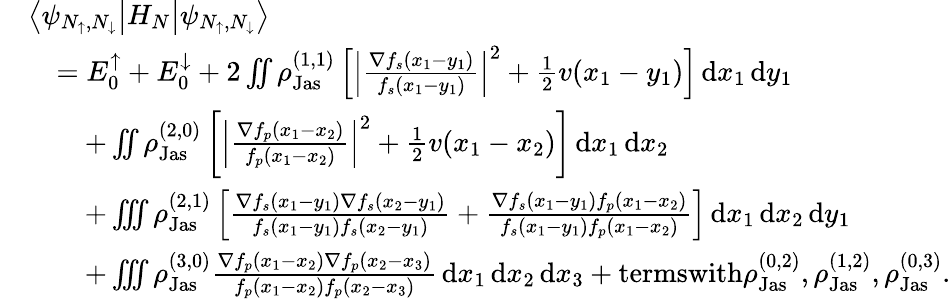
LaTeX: \begin{array}{rl}&{\left\langle\psi_{N_{\uparrow},N_{\downarrow}}\middle\vert H_{N}\middle\vert\psi_{N_{\uparrow},N_{\downarrow}}\right\rangle}\\ &{\quad=E_{0}^{\uparrow}+E_{0}^{\downarrow}+2\iint\rho_{\textnormal{Jas}}^{(1,1)}\left[\left\vert\frac{\nabla f_{s}(x_{1}-y_{1})}{f_{s}(x_{1}-y_{1})}\right\vert^{2}+\frac{1}{2}v(x_{1}-y_{1})\right]\, \textnormal{d}x_{1}\, \textnormal{d}y_{1}}\\ &{\qquad+\iint\rho_{\textnormal{Jas}}^{(2,0)}\left[\left\vert\frac{\nabla f_{p}(x_{1}-x_{2})}{f_{p}(x_{1}-x_{2})}\right\vert^{2}+\frac{1}{2}v(x_{1}-x_{2})\right]\, \textnormal{d}x_{1}\, \textnormal{d}x_{2}}\\ &{\qquad+\iiint\rho_{\textnormal{Jas}}^{(2,1)}\left[\frac{\nabla f_{s}(x_{1}-y_{1})\nabla f_{s}(x_{2}-y_{1})}{f_{s}(x_{1}-y_{1})f_{s}(x_{2}-y_{1})}+\frac{\nabla f_{s}(x_{1}-y_{1})f_{p}(x_{1}-x_{2})}{f_{s}(x_{1}-y_{1})f_{p}(x_{1}-x_{2})}\right]\, \textnormal{d}x_{1}\, \textnormal{d}x_{2}\, \textnormal{d}y_{1}}\\ &{\qquad+\iiint\rho_{\textnormal{Jas}}^{(3,0)}\frac{\nabla f_{p}(x_{1}-x_{2})\nabla f_{p}(x_{2}-x_{3})}{f_{p}(x_{1}-x_{2})f_{p}(x_{2}-x_{3})}\, \textnormal{d}x_{1}\, \textnormal{d}x_{2}\, \textnormal{d}x_{3}+\textnormal{termswith}\rho_{\textnormal{Jas}}^{(0,2)},\rho_{\textnormal{Jas}}^{(1,2)},\rho_{\textnormal{Jas}}^{(0,3)}.}\end{array}